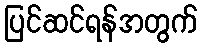
ပြင်ဆင်ရန်အတွက်